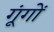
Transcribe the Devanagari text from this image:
गूंगों